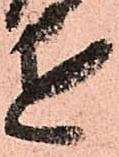
近